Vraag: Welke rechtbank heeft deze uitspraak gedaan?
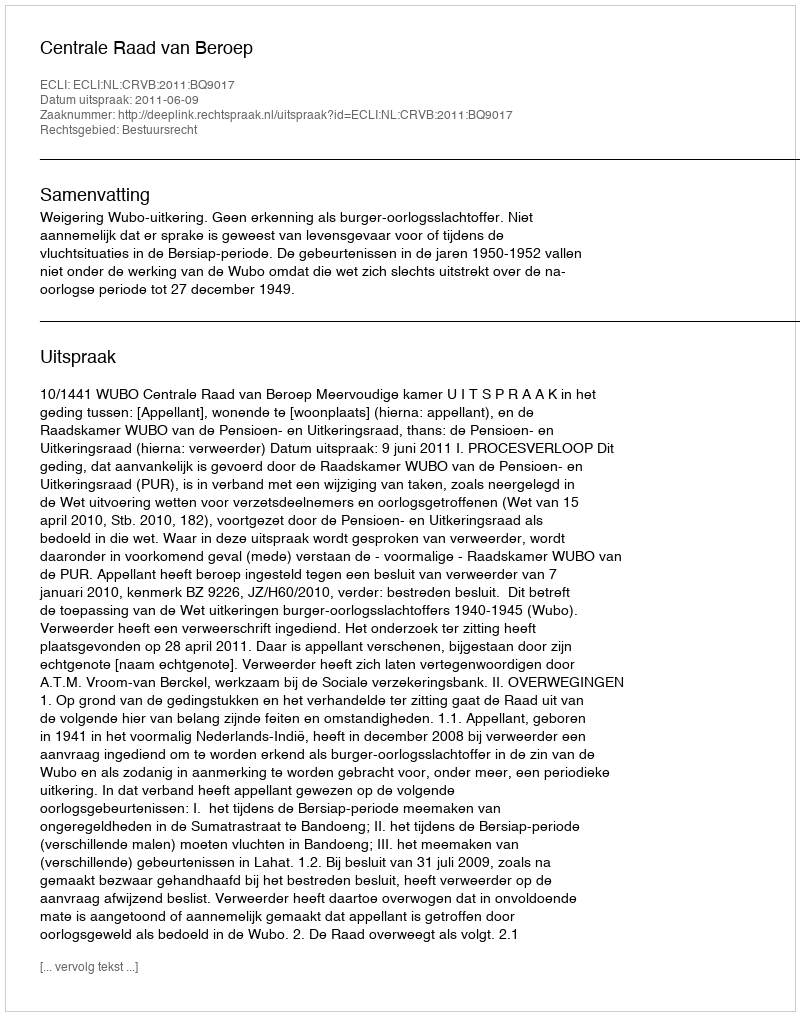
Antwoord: Centrale Raad van Beroep